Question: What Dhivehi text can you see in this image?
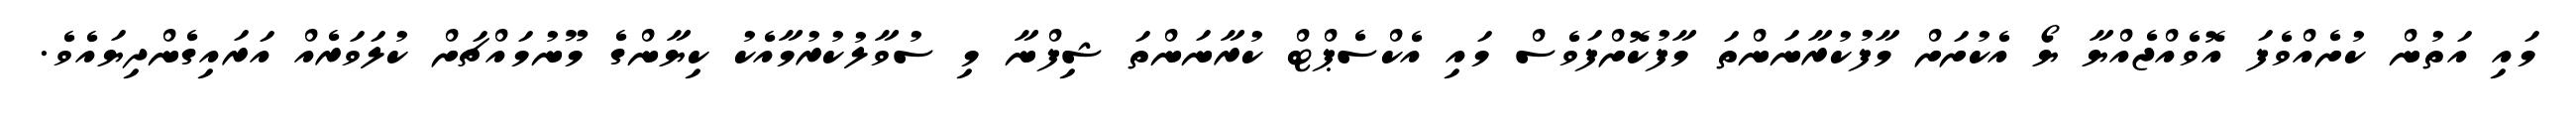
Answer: މައި އަތުން ކުށެއްވެފަ އޮވެއްޖެއްޔާ ޔޯ އެކުށަށް މާފުކުރާނަންތަ މާފުކޮށްފަވެސް މައި އެކްސެޕްޓް ކުރާނަންތަ ޝިފްނާ މި ސުވާލުކުރުމާއެކު ކިޔާންގެ މޫނުމައްޗަށް ކުލަވަރެއް އަރައިގެންދިޔައެވެ.